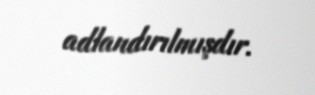
adlandırılmışdır.